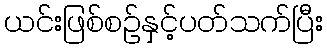
ယင်းဖြစ်စဉ်နှင့်ပတ်သက်ပြီး